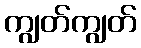
ကျွတ်ကျွတ်